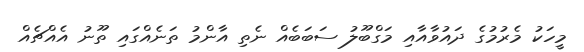
މީހަކު މެރުމުގެ ދައުވާއާއި މަގްބޫލު ސަބަބެއް ނެތި އާންމު ތަނެއްގައި ތޫނު އެއްޗެއް